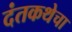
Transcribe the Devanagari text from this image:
दंतकथेचा